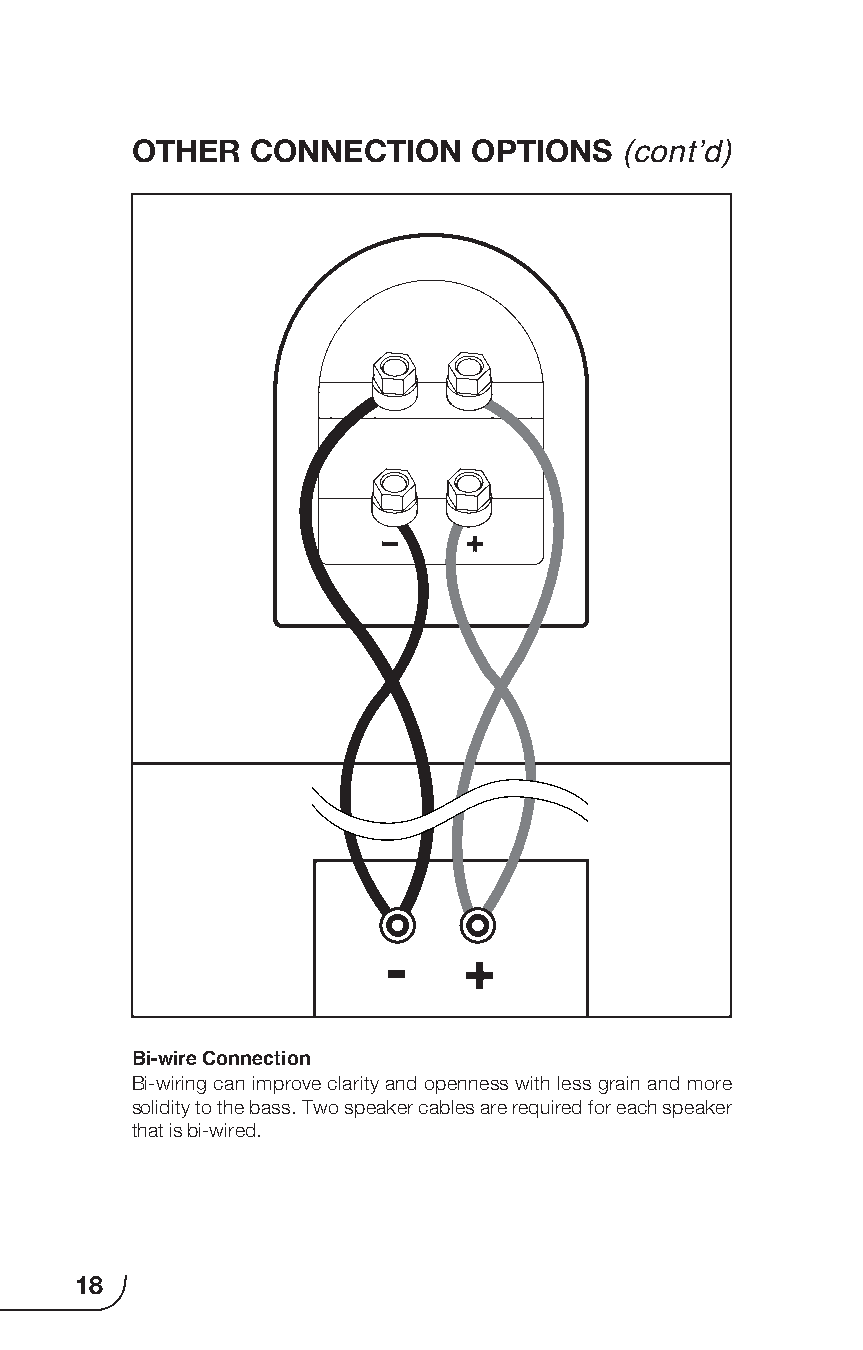
OTHER   CONNECTION    OPTIONS   (cont’d)
 -    +
 Bi-wire Connection
 Bi-wiring can improve clarity and openness with less grain and more
 solidity to the bass. Two speaker cables are required for each speaker
 that is bi-wired.
 18